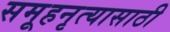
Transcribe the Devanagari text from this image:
समूहनृत्यासाठी